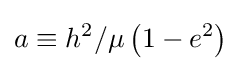
a\equiv h^{2}/\mu \left(1-e^{2}\right)